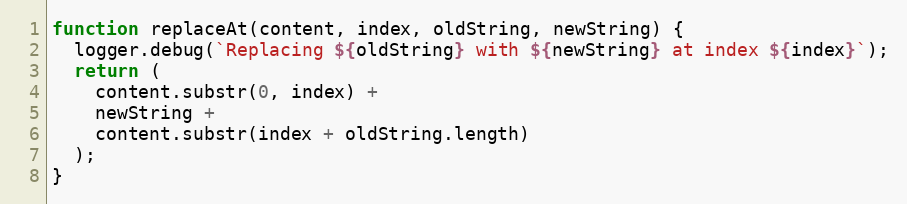
Language: JavaScript
function replaceAt(content, index, oldString, newString) {
  logger.debug(`Replacing ${oldString} with ${newString} at index ${index}`);
  return (
    content.substr(0, index) +
    newString +
    content.substr(index + oldString.length)
  );
}